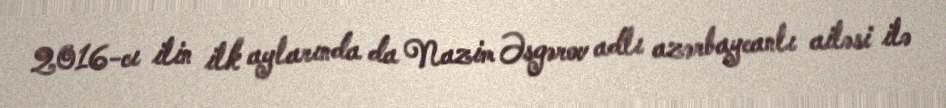
2016-cı ilin ilk aylarında da Nazim Əsgərov adlı azərbaycanlı ailəsi ilə